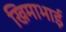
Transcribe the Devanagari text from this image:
खिमाभाई